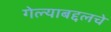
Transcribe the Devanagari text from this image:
गेल्याबद्दलचे